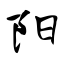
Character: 阳